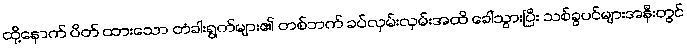
ထို့နောက် ပိတ် ထားသော တံခါးရွက်များ၏ တစ်ဘက် ခပ်လှမ်းလှမ်းအထိ ခေါ်သွားပြီး သစ်ခွပင်များအနီးတွင်